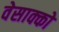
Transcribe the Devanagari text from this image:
वेसाक्को